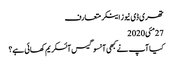
تھری ڈی نیوز اینکر متعارف
27مئی2020
کیا آپ نے کبھی آنسو گیس آئسکریم کھائی ہے؟